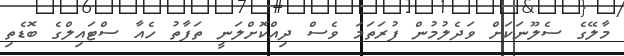
މާލޭގެ ސެލޫނަކަށް ވަދެލުމުން ފުރަތަމަ ވެސް ދިއްކޮށްލަނީ ތަފާތު ހެއާ ސްޓައިލްގެ ބޮޑެތި